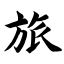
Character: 旅